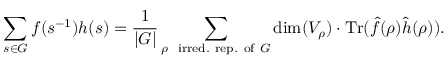
\sum _ { s \in G } f ( s ^ { - 1 } ) h ( s ) = { \frac { 1 } { | G | } } \sum _ { \rho \, \, { \mathrm { ~ i r r e d . } } { \mathrm { ~ r e p . } } { \mathrm { ~ o f ~ } } G } \dim ( V _ { \rho } ) \cdot { \mathrm { T r } } ( { \hat { f } } ( \rho ) { \hat { h } } ( \rho ) ) .